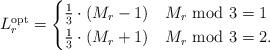
LaTeX: \begin{align*}L_r^{\rm opt} = \begin{cases} \frac{1}{3} \cdot (M_r - 1) & M_r~ {\rm mod}~3 = 1 \\ \frac{1}{3} \cdot (M_r + 1) & M_r~{\rm mod}~3 = 2. \end{cases}\end{align*}